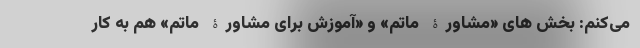
می‌کنم: بخش های «مشاورۀ ماتم» و «آموزش برای مشاورۀ ماتم» هم به کار